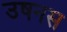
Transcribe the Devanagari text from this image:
उषनस